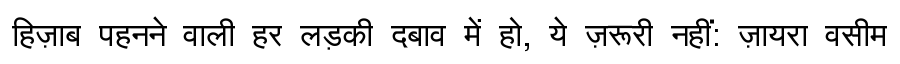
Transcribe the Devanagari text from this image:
हिज़ाब पहनने वाली हर लड़की दबाव में हो, ये ज़रूरी नहीं: ज़ायरा वसीम